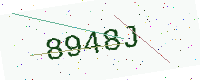
Text: 8948J